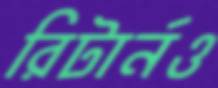
রিটার্নও